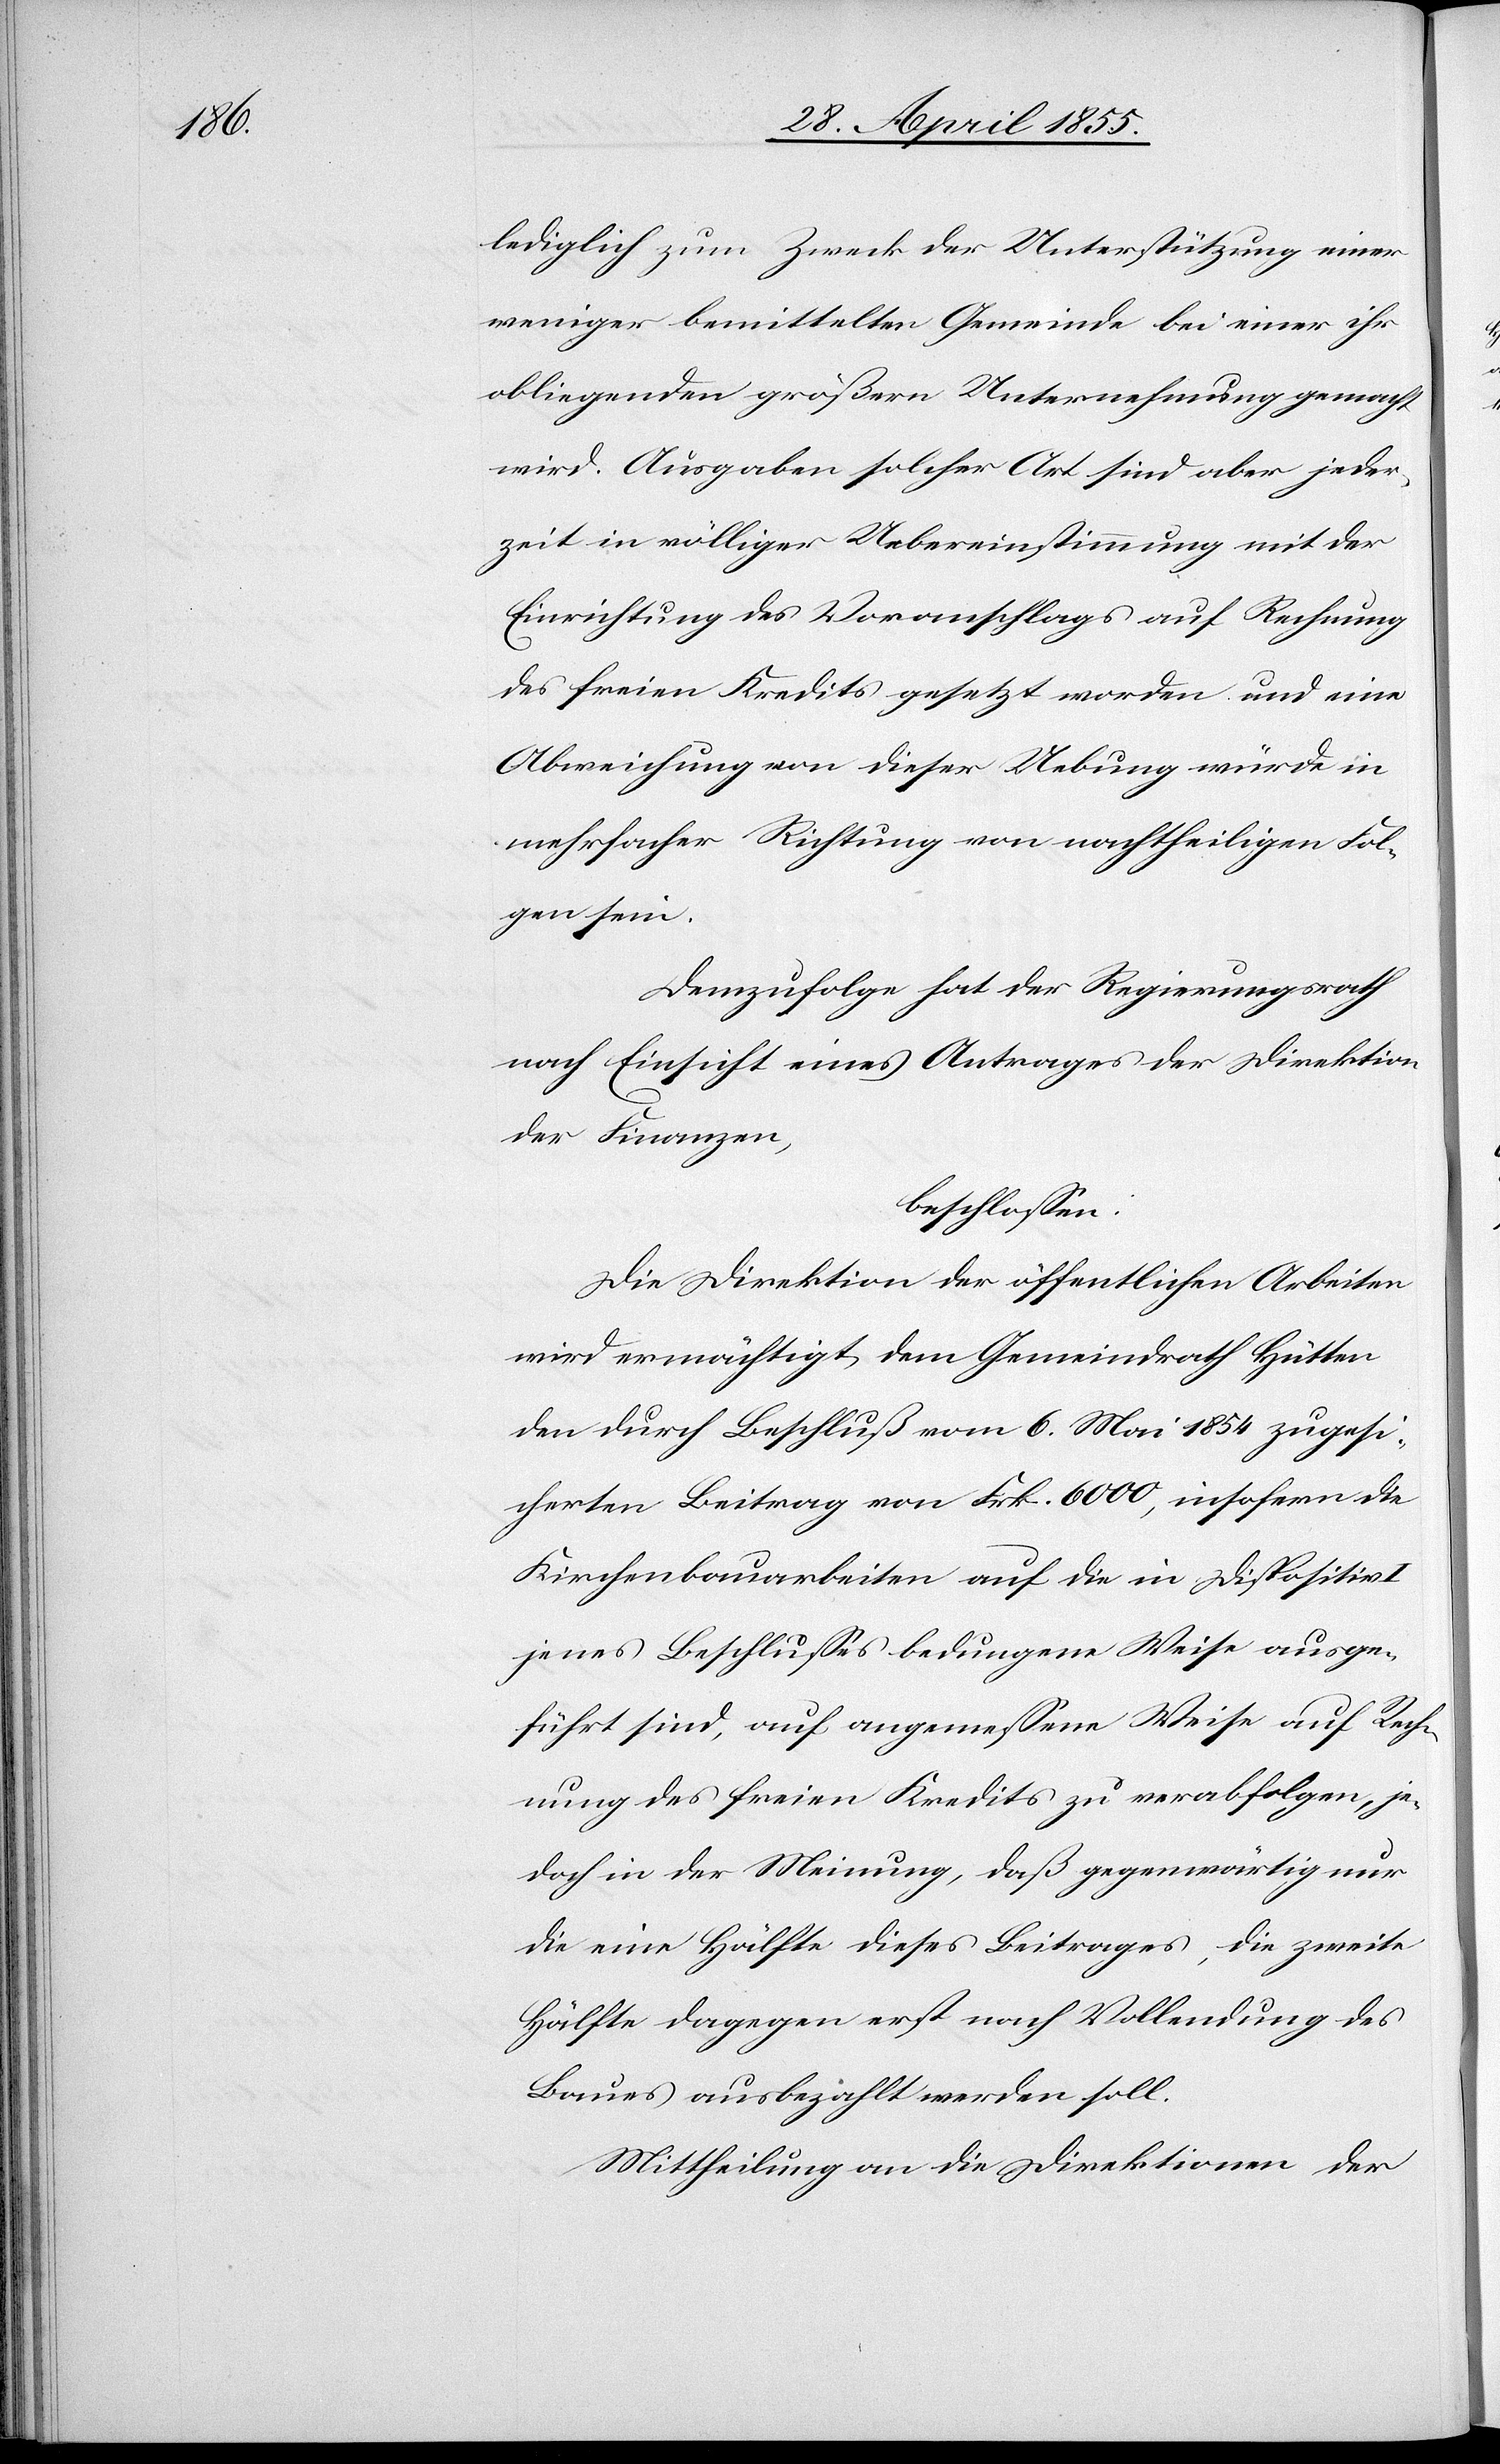
lediglich zum Zweck der Unterstützung einer
weniger bemittelten Gemeinde bei einer ihr
obliegenden größern Unternehmung gemacht
wird. Ausgaben solcher Art sind aber jeder¬
zeit in völliger Uebereinstimmung mit der
Einrichtung des Voranschlags auf Rechnung
des freien Kredits gesetzt worden und eine
Abweichung von dieser Uebung würde in
mehrfacher Richtung von nachtheiligen Fol¬
gen sein.
Demzufolge hat der Regierungsrath
nach Einsicht eines Antrages der Direktion
der Finanzen,
beschlossen:
Die Direktion der öffentlichen Arbeiten
wird ermächtigt, dem Gemeindrath Hütten
den durch Beschluß vom 6. Mai 1854 zugesi¬
cherten Beitrag von Frk. 6000, insofern die
Kirchenbauarbeiten auf die in Dispositiv
jenes Beschlusses bedungene Weise ausge¬
führt sind, auf angemessene Weise auf Rech¬
nung des freien Kredits zu verabfolgen, je¬
doch in der Meinung, daß gegenwärtig nur
die eine Hälfte dieses Beitrages, die zweite
Hälfte dagegen erst nach Vollendung des
Baues ausbezahlt werden soll.
Mittheilung an die Direktionen der